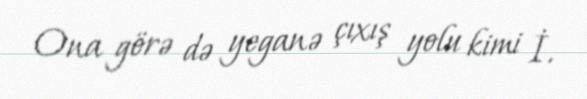
Ona görə də yeganə çıxış yolu kimi İ.